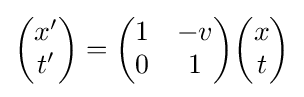
{\begin{pmatrix}x'\\t'\end{pmatrix}}={\begin{pmatrix}1&-v\\0&1\end{pmatrix}}{\begin{pmatrix}x\\t\end{pmatrix}}